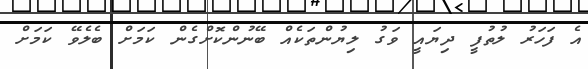
އެ ފަހަރު ލުތުފީ ދިޔައީ ވަގު ލިޔުންތަކެއް ބޭނުންކޮށްގެން ކަމަށް ބެލެވޭ ކަމަށް